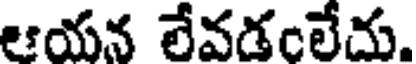
ఆయన లేవడంలేదు.